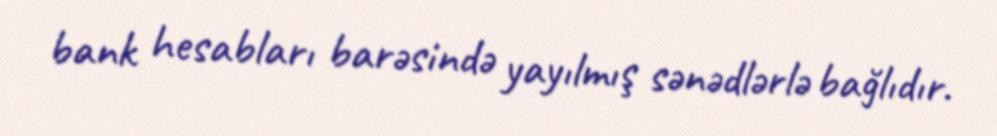
bank hesabları barəsində yayılmış sənədlərlə bağlıdır.